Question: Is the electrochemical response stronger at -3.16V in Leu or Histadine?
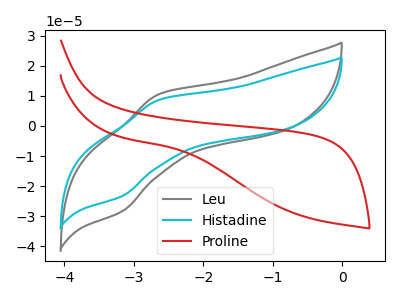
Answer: <think>The gray curve "Leu" has an anodic peak at (-2.65V, 10.50uA) and a cathodic peak at (-3.15V, -28.25uA). The cyan curve "Histadine" has an anodic peak at (-2.65V, 8.65uA) and a cathodic peak at (-3.15V, -23.20uA). The red curve "Proline" has no peaks.</think>
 <answer>The peak at -3.16V is higher in "Leu" than in "Histadine".</answer>
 <eval>higher</eval>